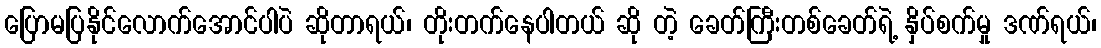
ပြောမပြနိုင်လောက်အောင်ပါပဲ ဆိုတာရယ်၊ တိုးတက်နေပါတယ် ဆို တဲ့ ခေတ်ကြီးတစ်ခေတ်ရဲ့ နှိပ်စက်မှု ဒဏ်ရယ်၊